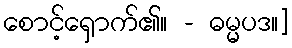
စောင့်ရှောက်၏။ - ဓမ္မပဒ။]